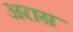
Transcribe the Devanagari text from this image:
अरास